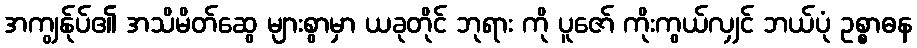
အကျွန်ုပ်၏ အသိမိတ်ဆွေ များစွာမှာ ယခုတိုင် ဘုရား ကို ပူဇော် ကိုးကွယ်လျှင် ဘယ်ပုံ ဥစ္စာဓန